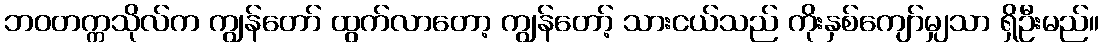
ဘဝတက္ကသိုလ်က ကျွန်တော် ထွက်လာတော့ ကျွန်တော့် သားငယ်သည် ကိုးနှစ်ကျော်မျှသာ ရှိဦးမည်။